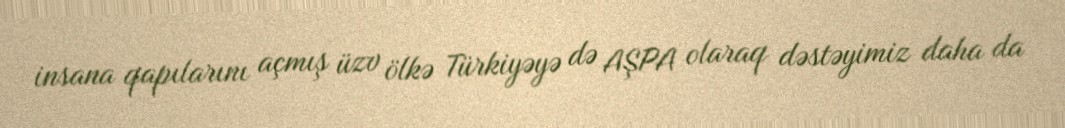
insana qapılarını açmış üzv ölkə Türkiyəyə də AŞPA olaraq dəstəyimiz daha da